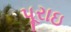
પૂરાઇ